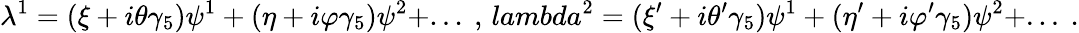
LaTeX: \lambda^{1}=(\xi+i\theta\gamma_{5})\psi^{1}+(\eta+i\varphi\gamma_{5})\psi^{2}+...\ ,\, lambda^{2}=(\xi^{\prime}+i\theta^{\prime}\gamma_{5})\psi^{1}+(\eta^{\prime}+i\varphi^{\prime}\gamma_{5})\psi^{2}+...\ .